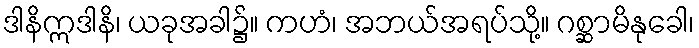
ဒါနိဣဒါနိ၊ ယခုအခါ၌။ ကဟံ၊ အဘယ်အရပ်သို့။ ဂစ္ဆာမိနုခေါ၊